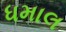
ધમાલ